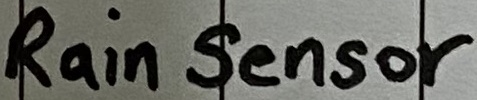
Text: Rain Sensor